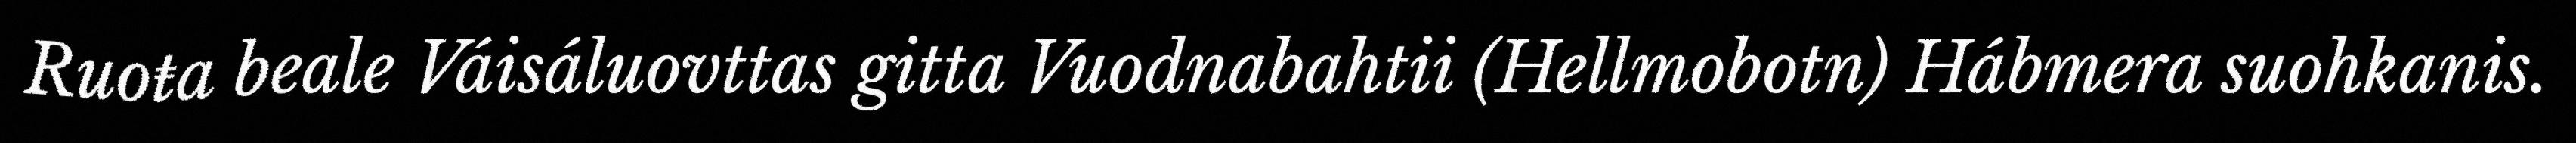
Ruoŧa beale Váisáluovttas gitta Vuodnabahtii (Hellmobotn) Hábmera suohkanis.